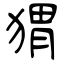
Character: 猬